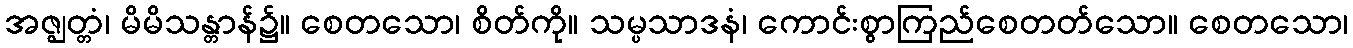
အဇ္ဈတ္တံ၊ မိမိသန္တာန်၌။ စေတသော၊ စိတ်ကို။ သမ္ပသာဒနံ၊ ကောင်းစွာကြည်စေတတ်သော။ စေတသော၊